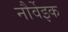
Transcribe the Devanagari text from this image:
नौर्वेइक